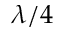
\lambda / 4